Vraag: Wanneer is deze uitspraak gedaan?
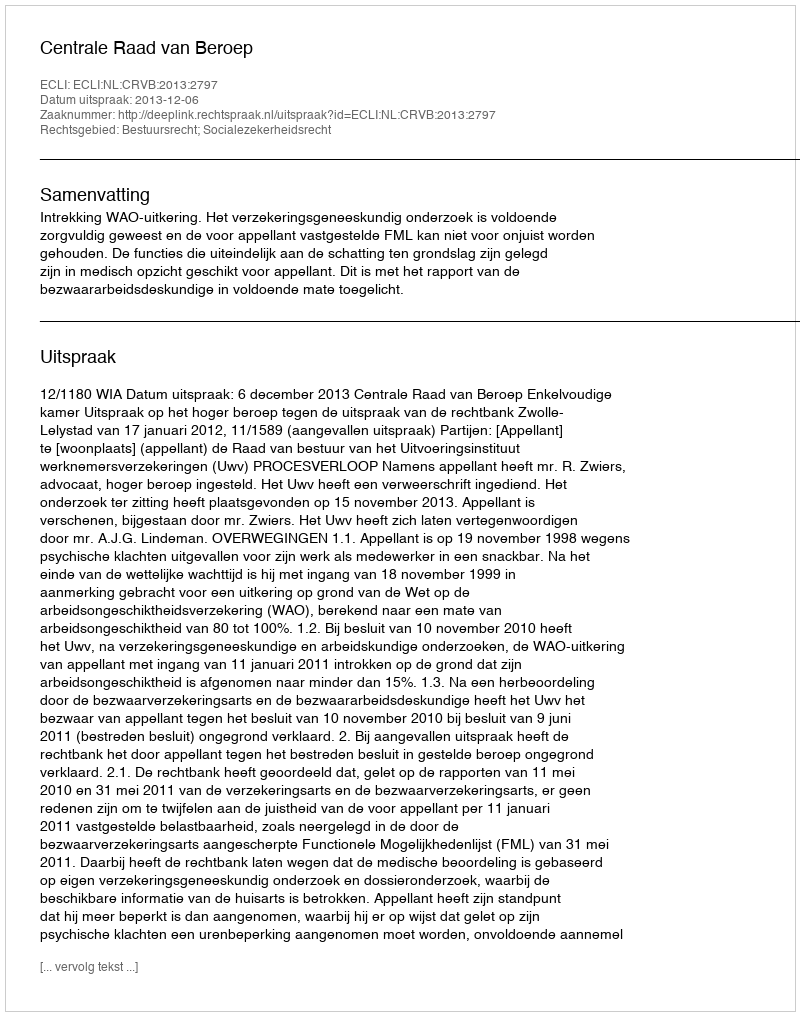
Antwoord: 2013-12-06